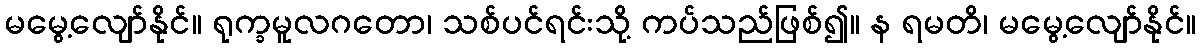
မမွေ့လျော်နိုင်။ ရုက္ခမူလဂတော၊ သစ်ပင်ရင်းသို့ ကပ်သည်ဖြစ်၍။ န ရမတိ၊ မမွေ့လျော်နိုင်။